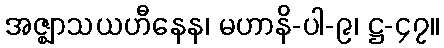
အဇ္ဈာသယဟီနေန၊ မဟာနိ-ပါ-၉၊ ဋ္ဌ-၄၇။